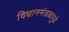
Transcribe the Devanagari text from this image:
विधानमंडळापुढे